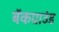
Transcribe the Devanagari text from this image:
बॅकग्राउंड